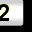
Digit: 2